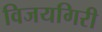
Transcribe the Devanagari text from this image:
विजयगिरी